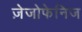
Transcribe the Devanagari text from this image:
ज़ेजोफेनिज